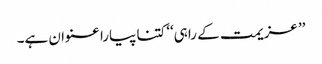
’’ عزیمت کے راہی‘‘ کتنا پیارا عنوان ہے۔